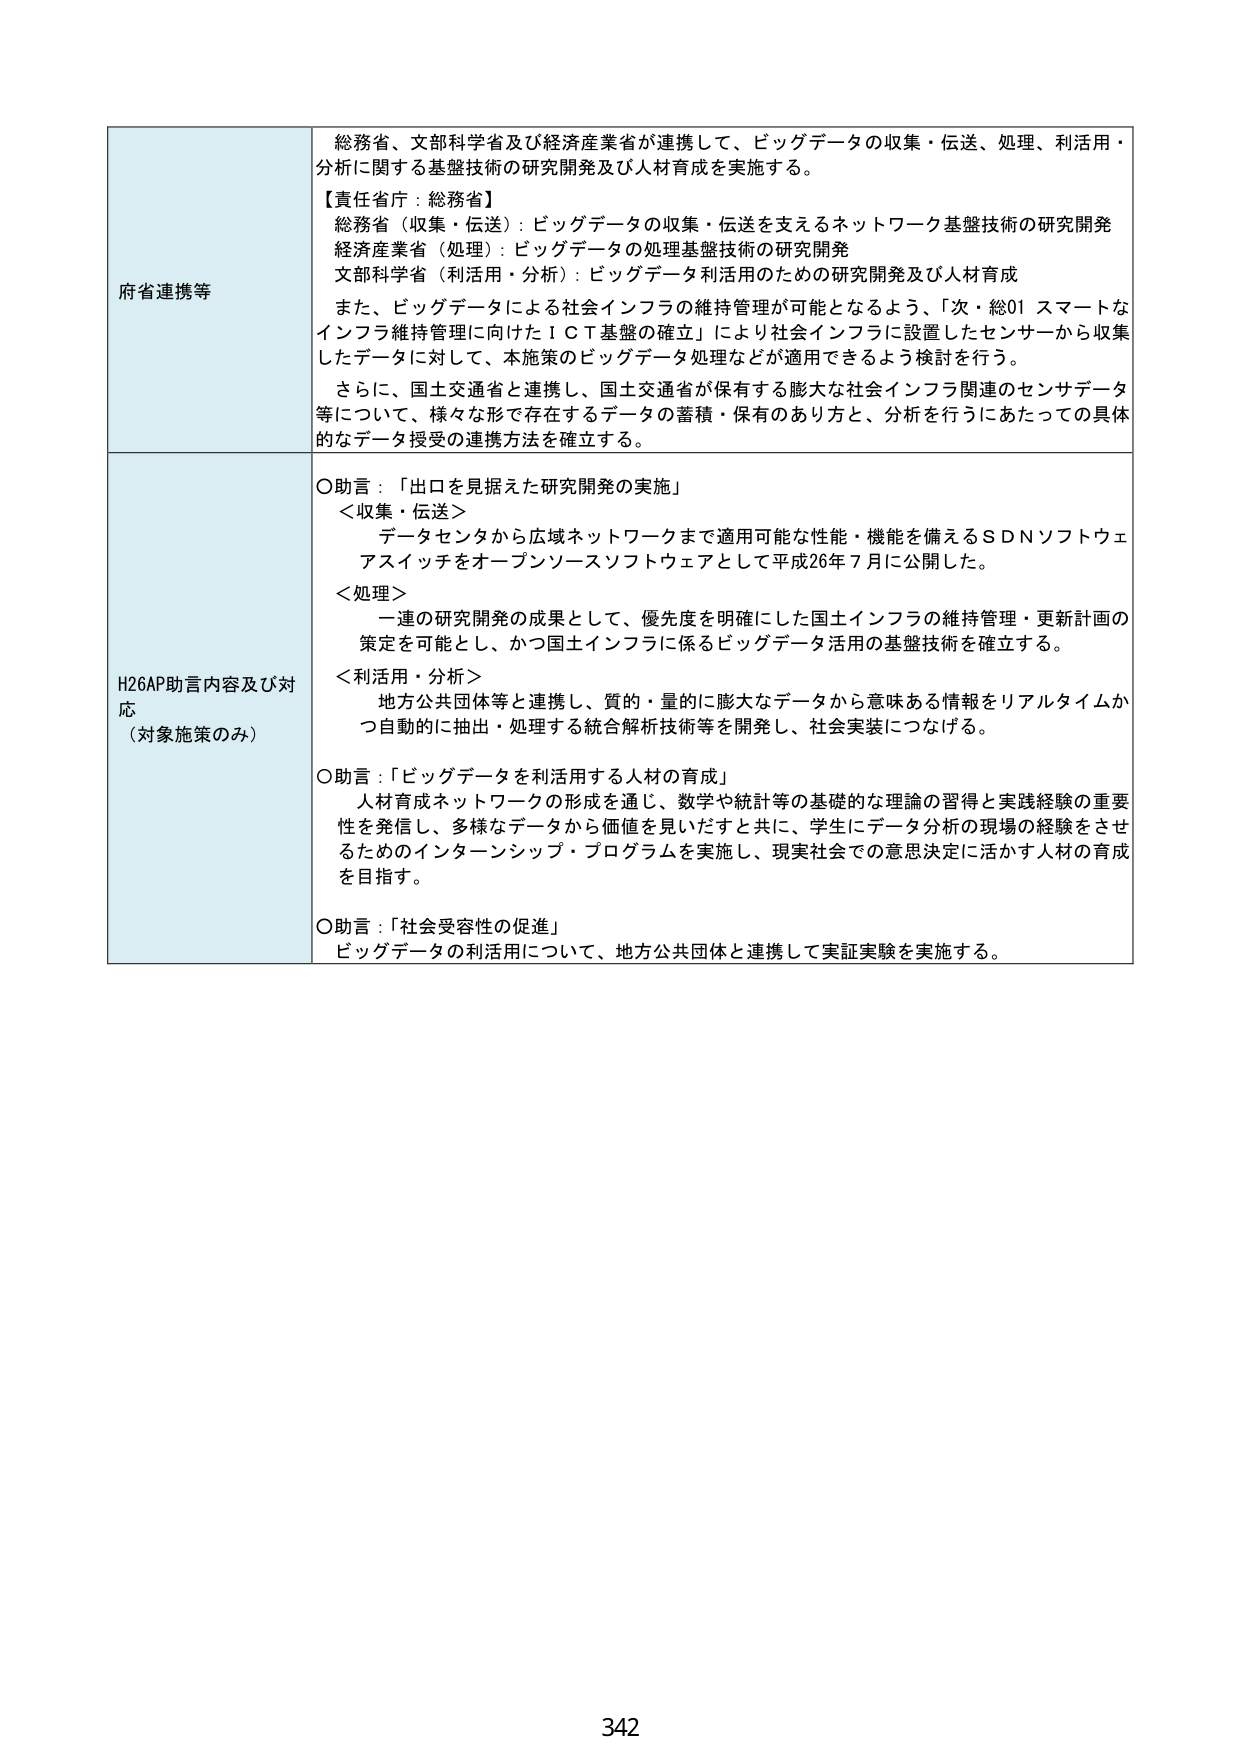
府省連携等
総務省、文部科学省及び経済産業省が連携して、ビッグデータの収集・伝送、処理、利活用・分析に関する基盤技術の研究開発及び人材育成を実施する。
【責任省庁：総務省】
総務省（収集・伝送）：ビッグデータの収集・伝送を支えるネットワーク基盤技術の研究開発
経済産業省（処理）：ビッグデータの処理基盤技術の研究開発
文部科学省（利活用・分析）：ビッグデータ利活用のための研究開発及び人材育成
また、ビッグデータによる社会インフラの維持管理が可能となるよう、「次・総01 スマートなインフラ維持管理に向けたＩＣＴ基盤の確立」により社会インフラに設置したセンサーから収集したデータに対して、本施策のビッグデータ処理などが適用できるよう検討を行う。
さらに、国土交通省と連携し、国土交通省が保有する膨大な社会インフラ関連のセンサデータ等について、様々な形で存在するデータの蓄積・保有のあり方と、分析を行うにあたっての具体的なデータ授受の連携方法を確立する。

H26AP助言内容及び対応
（対象施策のみ）
○助言：「出口を見据えた研究開発の実施」
＜収集・伝送＞
データセンタから広域ネットワークまで適用可能な性能・機能を備えるＳＤＮソフトウェアスイッチをオープンソースソフトウェアとして平成26年7月に公開した。
＜処理＞
一連の研究開発の成果として、優先度を明確にした国土インフラの維持管理・更新計画の策定を可能とし、かつ国土インフラに係るビッグデータ活用の基盤技術を確立する。
＜利活用・分析＞
地方公共団体等と連携し、質的・量的に膨大なデータから意味ある情報をリアルタイムかつ自動的に抽出・処理する統合解析技術等を開発し、社会実装につなげる。
○助言：「ビッグデータを利活用する人材の育成」
人材育成ネットワークの形成を通じ、数学や統計等の基礎的な理論の習得と実践経験の重要性を発信し、多様なデータから価値を見いだすと共に、学生にデータ分析の現場の経験をさせるためのインターンシップ・プログラムを実施し、現実社会での意思決定に活かす人材の育成を目指す。
○助言：「社会受容性の促進」
ビッグデータの利活用について、地方公共団体と連携して実証実験を実施する。

342